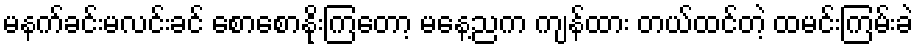
မနက်ခင်းမလင်းခင် စောစောနိုးကြတော့ မနေ့ညက ကျန်ထား တယ်ထင်တဲ့ ထမင်းကြမ်းခဲ